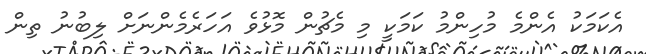
އެކަމަކު އެންމެ މުހިންމު ކަމަކީ މި މެޗުން މޮޅުވެ އަހަރެމެންނަށް ލިބުނު ތިން